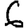
Digit: 6